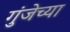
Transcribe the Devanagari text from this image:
गुंजेच्या